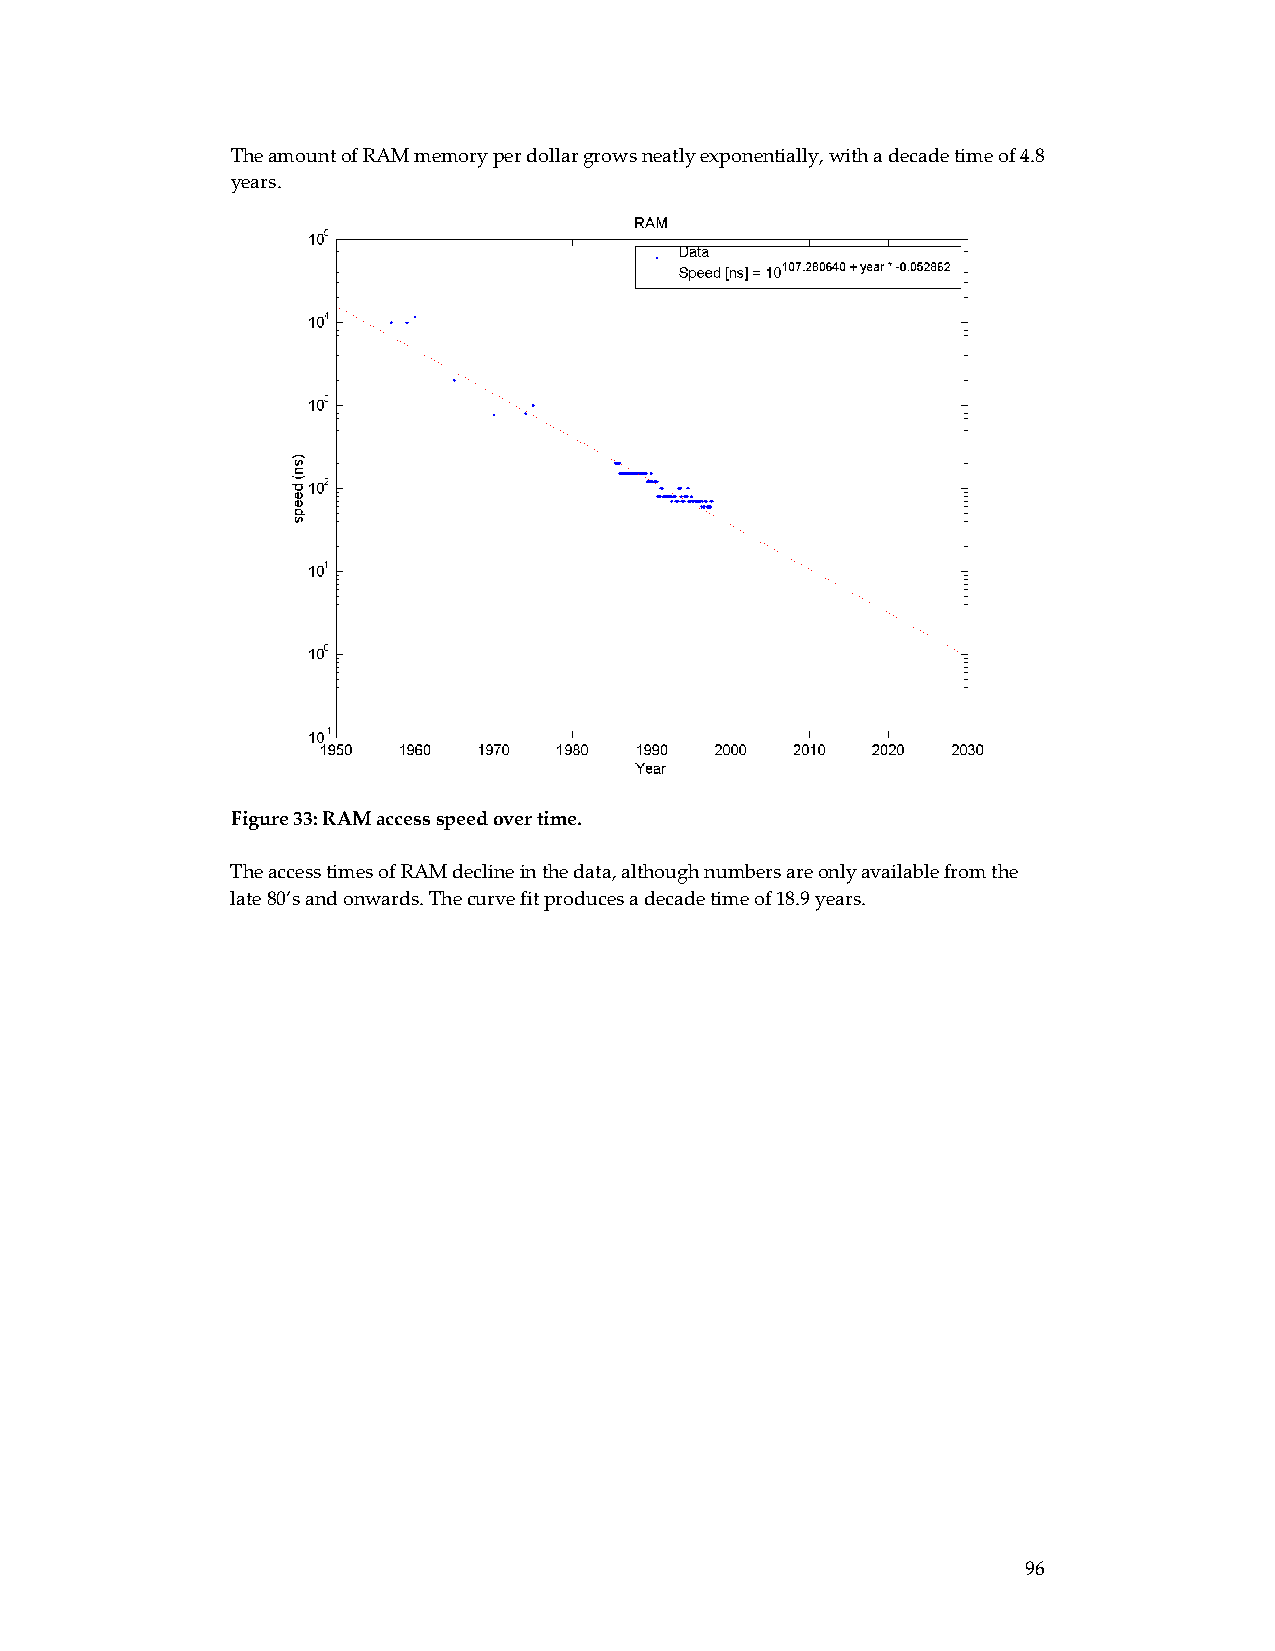
The amount of RAM memory per dollar grows neatly exponentially, with a decade time of 4.8
 years.
 Figure 33: RAM access speed over time.
 The access times of RAM decline in the data, although numbers are only available from the
 late 80’s and onwards. The curve fit produces a decade time of 18.9 years.
 96